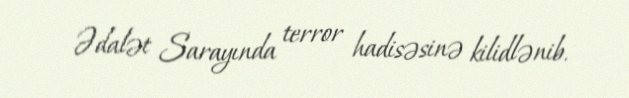
Ədalət Sarayında terror hadisəsinə kilidlənib.